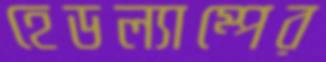
হেডল্যাম্পের